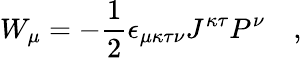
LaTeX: W_{\mu}=-{\frac{1}{2}}\epsilon_{\mu\kappa\tau\nu}J^{\kappa\tau}P^{\nu}\quad,